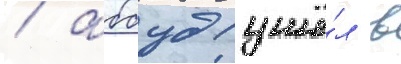
/ аббуд ушё́л в